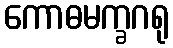
ကောဓမက္ခဂရု